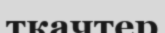
ткачтер